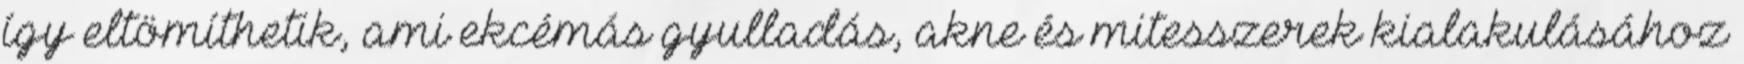
így eltömíthetik, ami ekcémás gyulladás, akne és mitesszerek kialakulásához